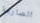
الصارمة